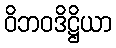
ဝိဘဝဒိဋ္ဌိယာ